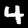
Label: 4